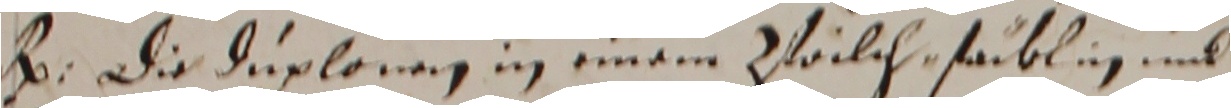
R. die duplonen in einem zwilch faiblin und